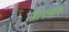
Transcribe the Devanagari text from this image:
साफ्मॉर